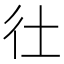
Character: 𢓂